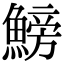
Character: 鰟